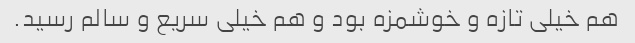
هم خیلی تازه و خوشمزه بود و هم خیلی سریع و سالم رسید.